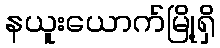
နယူးယောက်မြို့ရှိ